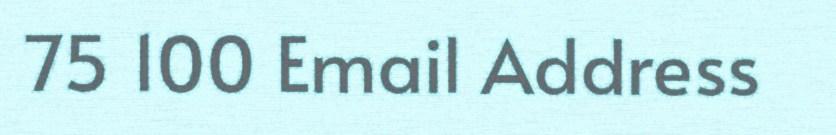
75 100 Email Address